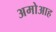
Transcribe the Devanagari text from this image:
अमोआह